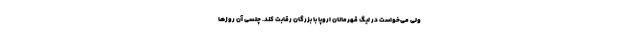
ولی می‌خواست در لیگ قهرمانان اروپا با بزرگان رقابت کند. چلسی آن روزها